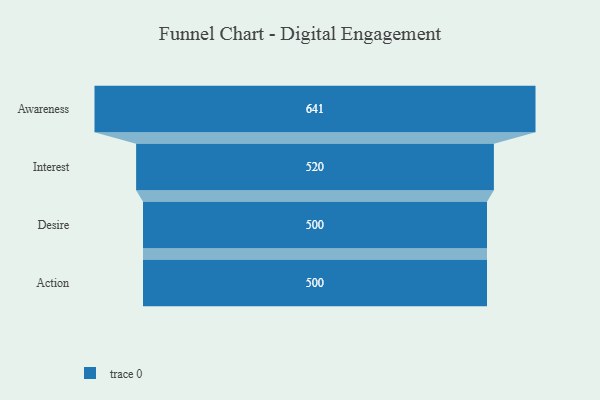
{"axis": {"x": "Stage", "y": "Value"}, "legend": [""], "data": [{"x": "Awareness", "y": 641.0, "type": ""}, {"x": "Interest", "y": 520.0, "type": ""}, {"x": "Desire", "y": 500, "type": ""}, {"x": "Action", "y": 500, "type": ""}]}